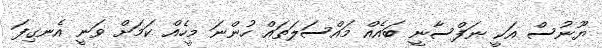
ޔޫނުސް އަކީ ނަފްސާނީ ބައެއް މައްސަލަތައް ހުންނަ މީހެއް ކަމަށް ވަނީ އެނގިފަ